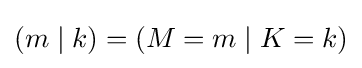
(m\mid k)=(M=m\mid K=k)